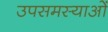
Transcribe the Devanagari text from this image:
उपसमस्याओं